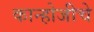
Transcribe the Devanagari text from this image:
कान्होजीचे